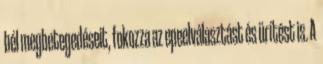
bél megbetegedéseit, fokozza az epeelválasztást és ürítést is. A